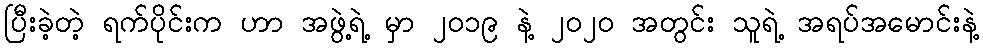
ပြီးခဲ့တဲ့ ရက်ပိုင်းက ဟာ အဖွဲ့ရဲ့ မှာ ၂၀၁၉ နဲ့ ၂၀၂၀ အတွင်း သူရဲ့ အရပ်အမောင်းနဲ့